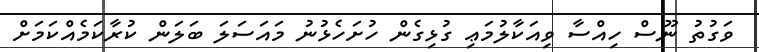
ވަގުތު ނޫސް ހިއްސާ ވިއަކާލުމަޢި ގުޅިގެން ހުށަހެޅުނު މައަސަލަ ބަަލަން ކުރާކަމެއްކަމަށް